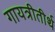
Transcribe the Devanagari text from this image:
गायत्रीतीर्थ